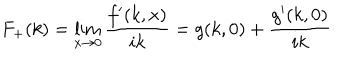
F _ { + } ( k ) = \lim _ { x \to 0 } \frac { f ^ { \prime } ( k , x ) } { i k } = g ( k , 0 ) + \frac { g ^ { \prime } ( k , 0 ) } { i k }